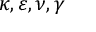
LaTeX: \kappa , \varepsilon , \nu , \gamma